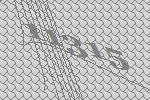
11315